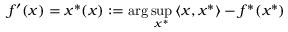
f ^ { \prime } ( x ) = x ^ { * } ( x ) : = \arg \operatorname* { s u p } _ { x ^ { * } } { \langle x , x ^ { * } \rangle } - f ^ { * } ( x ^ { * } )